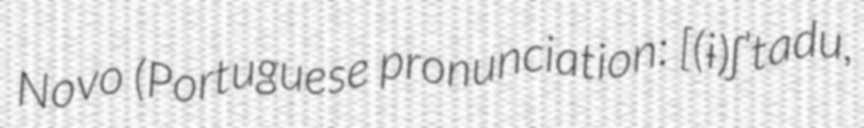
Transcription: Novo (Portuguese pronunciation: [(ɨ)ʃˈtadu,